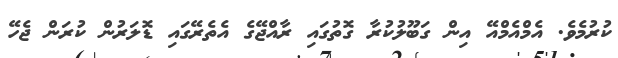
ކުރުމެވެ. އެމްއެމްއޭ އިން ގަބޫލުކުރާ ގޮތުގައި ރާއްޖޭގެ އެތެރޭގައި ޑޮލަރުން ކުރަން ޖެހޭ